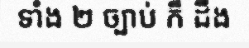
ទាំង ២ ច្បាប់ ក៏ ដឹង